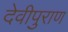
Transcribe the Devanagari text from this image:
देवीपुराण